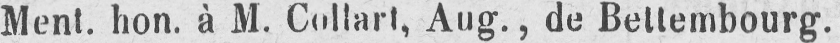
Ment. hon. à M. Coltart, Aug., de Bettembourg.